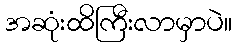
အဆုံးထိကြီးလာမှာပဲ။